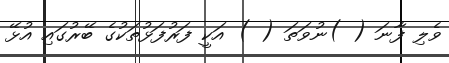
ވެލި ފާނަ ( )ނުވަތަ ( ) އަކީ ފަރުފަޅުތަކުގެ ބޭރުގައި އުޅޭ